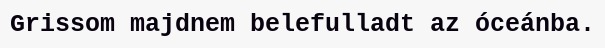
Grissom majdnem belefulladt az óceánba.